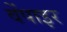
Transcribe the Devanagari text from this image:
वेंपाइर